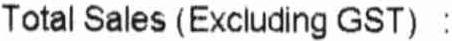
TOTAL SALES (EXCLUDING GST) :